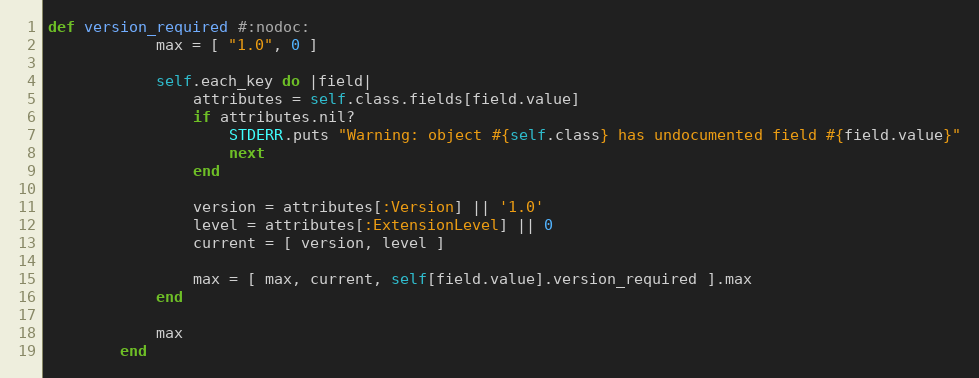
Language: Ruby
def version_required #:nodoc:
            max = [ "1.0", 0 ]

            self.each_key do |field|
                attributes = self.class.fields[field.value]
                if attributes.nil?
                    STDERR.puts "Warning: object #{self.class} has undocumented field #{field.value}"
                    next
                end

                version = attributes[:Version] || '1.0'
                level = attributes[:ExtensionLevel] || 0
                current = [ version, level ]

                max = [ max, current, self[field.value].version_required ].max
            end

            max
        end